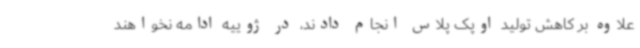
علاوه بر کاهش تولید اوپک پلاس انجام دادند، در ژوییه ادامه نخواهند